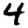
Digit: 4